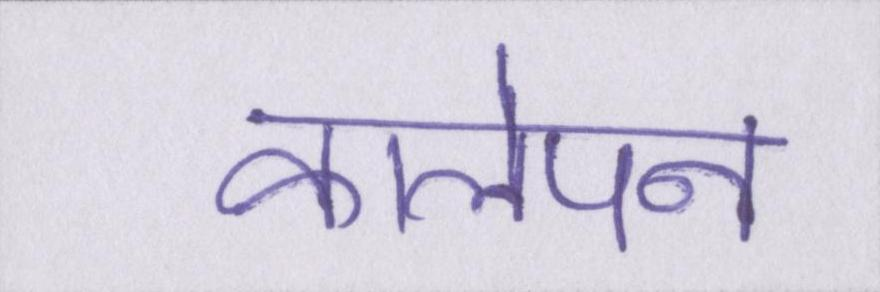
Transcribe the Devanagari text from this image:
कालेपन